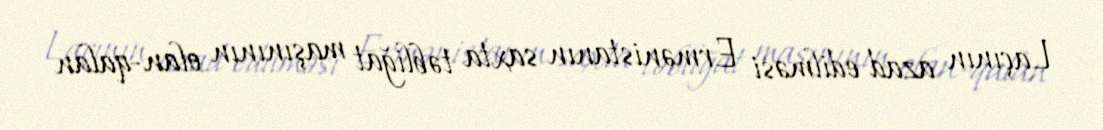
Laçının azad edilməsi Ermənistanın saxta təbliğat maşınının olan-qalan